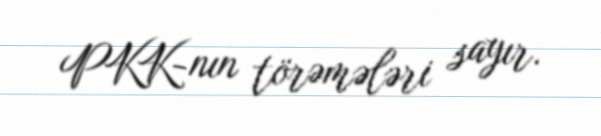
PKK-nın törəmələri sayır.